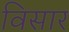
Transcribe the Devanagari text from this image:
विसार